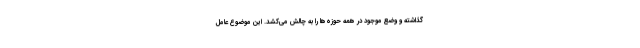
گذاشته و وضع موجود در همه حوزه‌ها را به چالش می‌کشد. این موضوع عامل